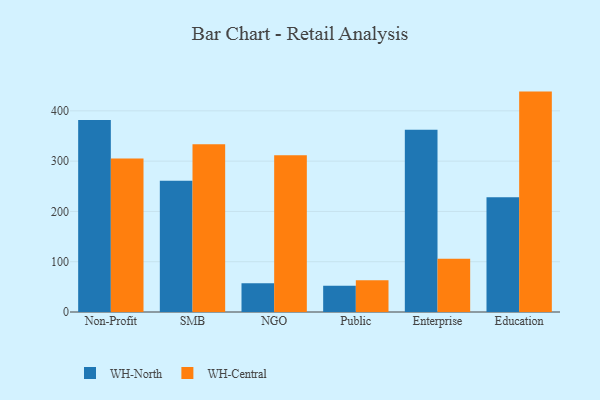
{"axis": {"x": "Segment", "y": "Page Views"}, "legend": ["WH-Central", "WH-North"], "data": [{"x": "Non-Profit", "y": 381.9, "type": "WH-North"}, {"x": "Non-Profit", "y": 305.5, "type": "WH-Central"}, {"x": "SMB", "y": 261.2, "type": "WH-North"}, {"x": "SMB", "y": 333.8, "type": "WH-Central"}, {"x": "NGO", "y": 57.3, "type": "WH-North"}, {"x": "NGO", "y": 311.9, "type": "WH-Central"}, {"x": "Public", "y": 52.3, "type": "WH-North"}, {"x": "Public", "y": 62.9, "type": "WH-Central"}, {"x": "Enterprise", "y": 362.2, "type": "WH-North"}, {"x": "Enterprise", "y": 105.7, "type": "WH-Central"}, {"x": "Education", "y": 228.2, "type": "WH-North"}, {"x": "Education", "y": 438.3, "type": "WH-Central"}]}